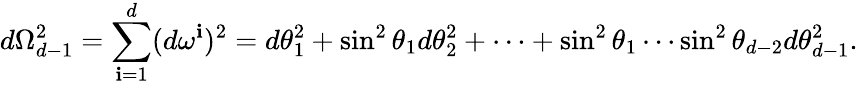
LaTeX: d\Omega_{d-1}^{2}=\sum_{\mathbf{i}=1}^{d}(d\omega^{\mathbf{i}})^{2}=d\theta_{1}^{2}+\sin^{2}\theta_{1}d\theta_{2}^{2}+\cdots+\sin^{2}\theta_{1}\cdots\sin^{2}\theta_{d-2}d\theta_{d-1}^{2}.